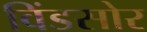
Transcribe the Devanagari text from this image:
विंडसोर